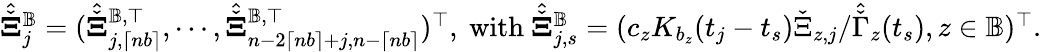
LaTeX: \begin{array}{r}{\hat{\check{\mathbf\Xi}}_{j}^{\mathbb{B}}=(\hat{\check{\mathbf\Xi}}_{j,\lceil nb\rceil}^{\mathbb{B},\top},\cdots,\hat{\check{\mathbf\Xi}}_{n-2\lceil nb\rceil+j,n-\lceil nb\rceil}^{\mathbb{B},\top})^{\top},~\mathrm{with}~\hat{\check{\mathbf\Xi}}_{j,s}^{\mathbb{B}}=(c_{z}K_{b_{z}}(t_{j}-t_{s})\check{\Xi}_{z,j}/\hat{\check{\Gamma}}_{z}(t_{s}),z\in\mathbb{B})^{\top}.}\end{array}